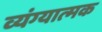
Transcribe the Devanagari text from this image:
व्‍यंग्‍यात्‍मक